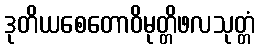
ဒုတိယစေတောဝိမုတ္တိဖလသုတ္တံ